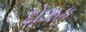
દોઝક